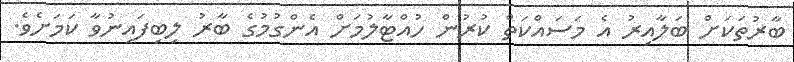
ބާރުތަކަށް ބަލާއިރު އެ މަސައްކަތް ކުރުން ހުއްޓާލުމަށް އެންގުމުގެ ބާރު ލިބިފައިނުވާ ކަމަށެވެ.